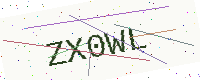
Text: ZX0WL